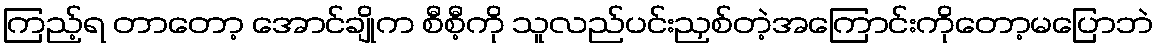
ကြည့်ရ တာတော့ အောင်ချိုက စီစီ့ကို သူလည်ပင်းညှစ်တဲ့အကြောင်းကိုတော့မပြောဘဲ